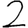
Digit: 2